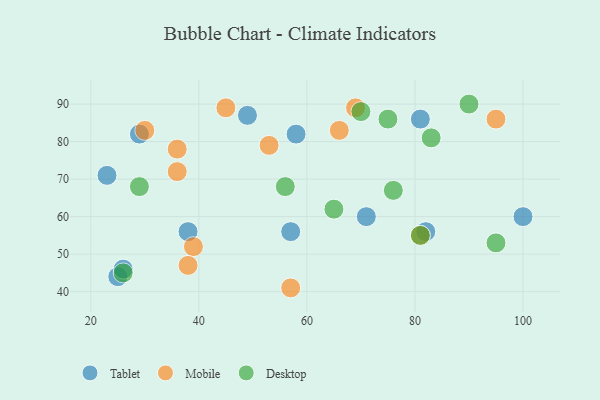
{"axis": {"x": "GDP", "y": "Life Expectancy"}, "legend": ["Desktop", "Mobile", "Tablet"], "data": [{"x": "57", "y": 56, "type": "Tablet"}, {"x": "71", "y": 60, "type": "Tablet"}, {"x": "49", "y": 87, "type": "Tablet"}, {"x": "82", "y": 56, "type": "Tablet"}, {"x": "23", "y": 71, "type": "Tablet"}, {"x": "25", "y": 44, "type": "Tablet"}, {"x": "26", "y": 46, "type": "Tablet"}, {"x": "29", "y": 82, "type": "Tablet"}, {"x": "38", "y": 56, "type": "Tablet"}, {"x": "81", "y": 86, "type": "Tablet"}, {"x": "100", "y": 60, "type": "Tablet"}, {"x": "58", "y": 82, "type": "Tablet"}, {"x": "45", "y": 89, "type": "Mobile"}, {"x": "81", "y": 55, "type": "Mobile"}, {"x": "39", "y": 52, "type": "Mobile"}, {"x": "69", "y": 89, "type": "Mobile"}, {"x": "38", "y": 47, "type": "Mobile"}, {"x": "36", "y": 78, "type": "Mobile"}, {"x": "53", "y": 79, "type": "Mobile"}, {"x": "95", "y": 86, "type": "Mobile"}, {"x": "36", "y": 72, "type": "Mobile"}, {"x": "30", "y": 83, "type": "Mobile"}, {"x": "66", "y": 83, "type": "Mobile"}, {"x": "57", "y": 41, "type": "Mobile"}, {"x": "56", "y": 68, "type": "Desktop"}, {"x": "29", "y": 68, "type": "Desktop"}, {"x": "90", "y": 90, "type": "Desktop"}, {"x": "26", "y": 45, "type": "Desktop"}, {"x": "83", "y": 81, "type": "Desktop"}, {"x": "70", "y": 88, "type": "Desktop"}, {"x": "81", "y": 55, "type": "Desktop"}, {"x": "65", "y": 62, "type": "Desktop"}, {"x": "95", "y": 53, "type": "Desktop"}, {"x": "75", "y": 86, "type": "Desktop"}, {"x": "76", "y": 67, "type": "Desktop"}]}